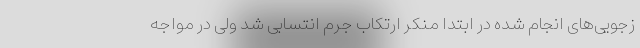
زجویی‌های انجام شده در ابتدا منکر ارتکاب جرم انتسابی شد ولی در مواجه